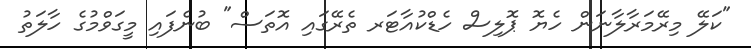
"ކަލޭ މިރޭމަރާލާނަން ހެޔޮ ޕޮލިސް ހެޑްކުއާޓަރ ތެރޭގައި އޮތަސް" ބުނެފައި މީގަވްމުގެ ހާލަތު